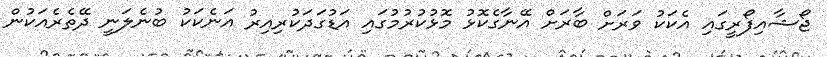
ޖޯޝާއިފޯރީގައި އެކަކު ވަރަށް ބާރަށް އޭނާގެކޮޅު މޮޅުކުރުމުގައި އަޑުގަދަކުރިއިރު އަނެކަކު ބުނެލަނީ ދޭތެރެއަކުން